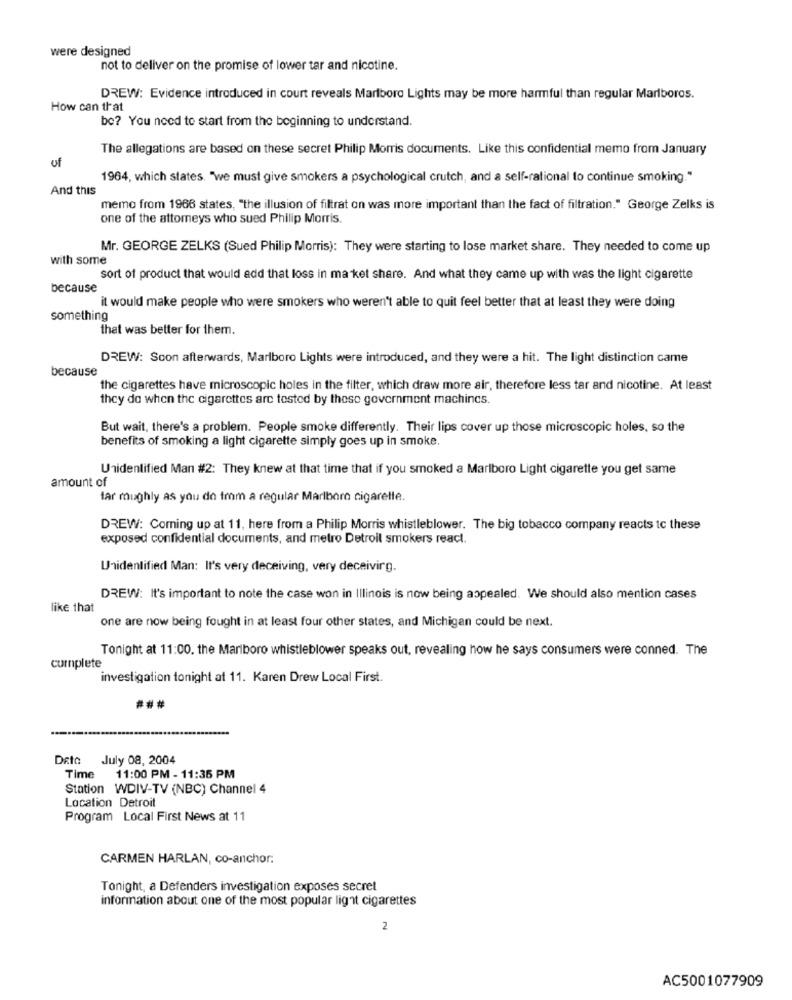
were designed
not to deliver on the promise of lower tar and nicotine.
DREW: Evidence introduced in court reveals Marlboro Lights may be more harmful than regular Marlboros.
How can that
be? You need to start from the beginning to understand.
The allegations are based on these secret Philip Morris documents. Like this confidential memo from January
of
1964, which states. "we must give smokers a psychological crutch, and a self-rational to continue smoking."
And this
memo from 1966 states, "the illusion of filtrat on was more important than the fact of filtration." George Zelks is
one of the attorneys who sued Philip Morris.
Mr. GEORGE ZELKS (Sued Philip Morris): They were starting to lose market share. They needed to come up
with some
sort of product that would add that loss in ma ket share. And what they came up with was the light cigarette
because
it would make people who were smokers who weren't able to quit feel better that at least they were doing
something
that was better for them.
DREW: Soon afterwards, Marlboro Lights were introduced, and they were a hit. The light distinction came
because
the cigarettes have microscopic holes in the filter, which draw more air, therefore less tar and nicotine. At least
they do when the cigarettes arc tested by these government machines.
But wait, there's a problem. People smoke differently. Their lips cover up those microscopic holes, so the
benefits of smoking a light cigarette simply goes up in smoke.
Unidentified Man #2: They knew at that time that if you smoked a Marlboro Light cigarette you get same
amount of
tar mughly as you do tmm a regular Marlboro cigarette.
DREW: Coming up at 11, here from a Philip Morris whistleblower. The big tobacco company reacts tc these
exposed confidential documents, and metro Detroit smokers react.
Unidentified Man: It's very deceiving, very deceivirg.
DREW: It's important to note the case won in Illinois is now being appealed. We should also mention cases
like that
one are now being fought in at least four other states, and Michigan could be next.
Tonight at 11:00. the Marlboro whistleblower speaks out, revealing how he says consumers were conned. The
complete
investigation tonight at 11. Karen Drew Local First.
Deto July 08, 2004
Time 11:00 PM - 11:35 PM
Station WDIV-TV (NBC) Channel 4
Location Detroit
Program Local First News at 11
CARMEN HARLAN, co-anchor:
Tonight, a Defenders investigation exposes secret
information about one of the most popular light cigarettes
2
AC5001077909